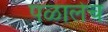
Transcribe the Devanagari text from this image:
पळालेच